Annual report of the Punjab Veterinary College and of the Civil Veterinary Department, Punjab - 1894-1908
Year: 1894
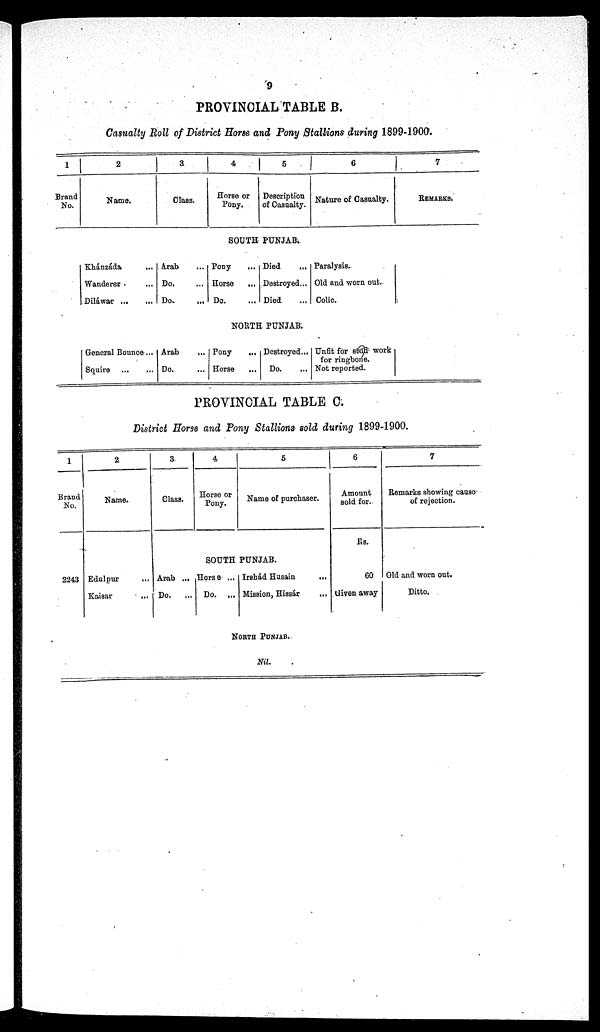
9
PROVINCIAL TABLE B.
Casualty Roll of District Horse and Pony Stallions during 1899-1900.
1
Brand
No.
2
Name.
Khánzáda ...
Wanderer ...
Diláwar ... ...
General Bounce ...
Squire
...
...
3
Class.
Arab ...
Do. ...
Do. ...
Arab
...
Do. ...
4
Horse or
Pony.
5
Description
of Casualty.
SOUTH- PUNJAB
Pony ...
Horse
...
Do. ...
Died ...
Destroyed ...
Died ...
NORTH PUNJAB.
Pony
...
Horse
...
Destroyed ...
Do. ...
6
Nature of Casualty.
Paralysis.
Old and worn out.
Colic.
Unfit for stud work
for ringbone.
Not reported.
7
REMARKS.
PROVINCIAL TABLE C.
District Horse and Pony Stallions sold during 1899-1900.
1
Brand
No.
2243
2
Name.
Edulpur ...
Kaisar ...
3
Class.
4
Horse or
Pony.
5
Name of purchaser.
SOUTH PUNJAB.
Arab ...
Do.
...
Horse ...
Do. ...
Irshád Husain
...
Mission, Hissár
...
NORTH PUNJAB..
Nil.
6
Amount
sold for.
Rs.
60
Given away
7
Remarks showing cause
of rejection.
Old and worn out.
Ditto.